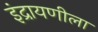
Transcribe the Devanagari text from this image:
इंद्रायणीला